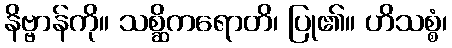
နိဗ္ဗာန်ကို။ သစ္ဆိကရောတိ၊ ပြု၏။ ဟိသစ္စံ၊